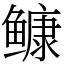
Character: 𩾌